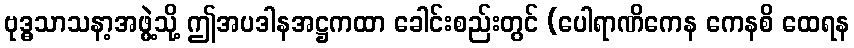
ဗုဒ္ဓသာသနာ့အဖွဲ့သို့ ဤအပဒါနအဋ္ဌကထာ ခေါင်းစည်းတွင် (ပေါရာဏိကေန ကေနစိ ထေရန